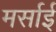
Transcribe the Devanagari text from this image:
मर्साई